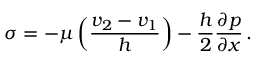
\sigma = - \mu \left( \frac { v _ { 2 } - v _ { 1 } } { h } \right) - \frac { h } { 2 } \frac { \partial p } { \partial x } \, .